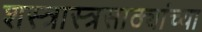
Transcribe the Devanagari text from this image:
शस्त्रास्त्रसाठ्यांच्या